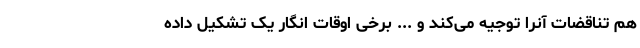
هم تناقضات آنرا توجیه می‌کند و ... برخی اوقات انگار یک تشکیل داده